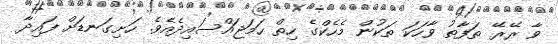
ވާ ރޭރޭ ތަފާތު ވާހަކަ ތަކުން މެހެކްގެ ހިތް ހަމަޖައްސައިދެއެވެ. ހަށިގަނޑަށް ފައިދާ